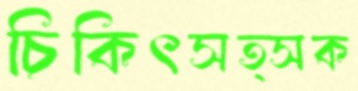
চিকিৎসত্সক